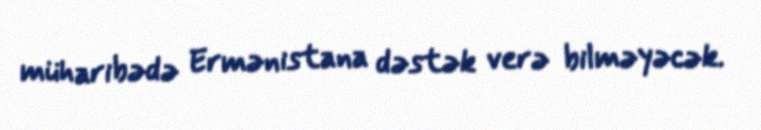
müharibədə Ermənistana dəstək verə bilməyəcək.